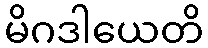
မိဂဒါယေတိ